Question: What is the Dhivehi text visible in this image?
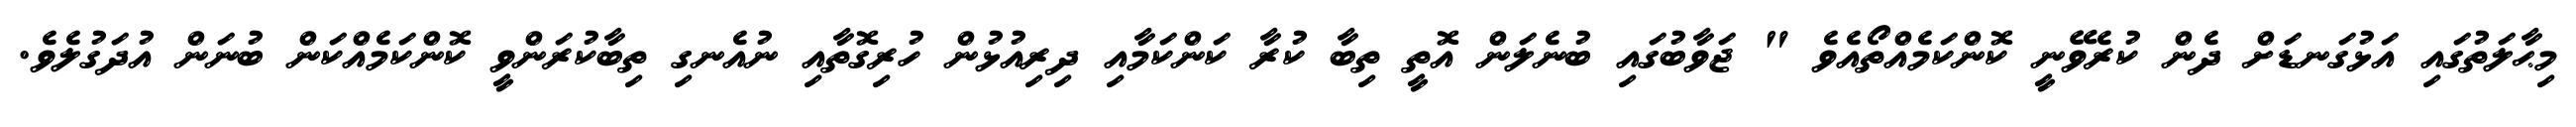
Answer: މިޙާލަތުގައި އަޅުގަނޑަށް ދެން ކުރެވޭނީ ކޮންކަމެއްތޯއެވެ " ޖަވާބުގައި ބުނެލަން އޮތީ ތިބާ ކުރާ ކަންކަމާއި ދިރިއުޅުން ހުރިގޮތާއި ނުއެނގި ތިބާކުރަންވީ ކޮންކަމެއްކަން ބުނަން އުދަގުލެވެ.